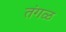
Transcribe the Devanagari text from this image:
तंगळ